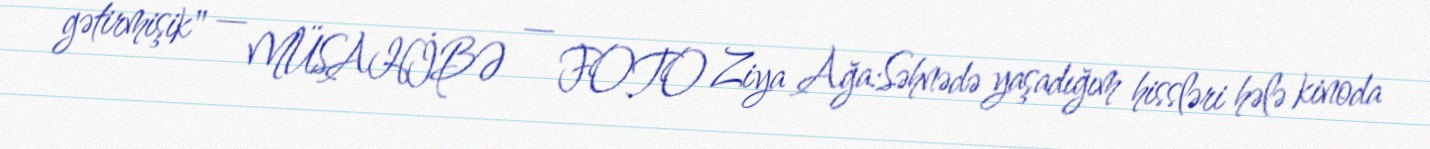
gətirmişik" — MÜSAHİBƏ — FOTO Ziya Ağa:Səhnədə yaşadığım hissləri hələ kinoda